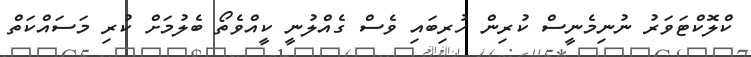
ކްލޮކްޓަވަރު ނުނިމެނީސް ކުރިން ހުރިބައި ވެސް ގެއްލުނީ ކީއްވެތޯ ބެލުމަށް ކުރި މަސައްކަތް